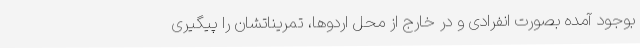
بوجود آمده بصورت انفرادی و در خارج از محل اردوها، تمریناتشان را پیگیری